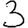
Digit: 3